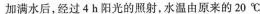
加满水后，经过4h阳光的照射，水温由原来的20℃